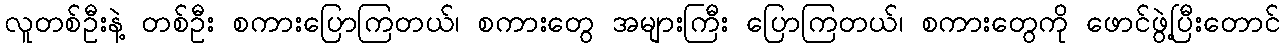
လူတစ်ဦးနဲ့ တစ်ဦး စကားပြောကြတယ်၊ စကားတွေ အများကြီး ပြောကြတယ်၊ စကားတွေကို ဖောင်ဖွဲ့ပြီးတောင်